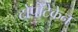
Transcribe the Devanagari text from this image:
टोपोटेकेन